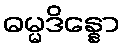
ဓမ္မဒိန္နော